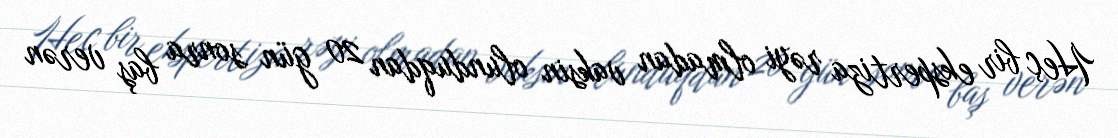
Heç bir ekspertiza rəyi olmadan vaksin olunduqdan 20 gün sonra baş verən